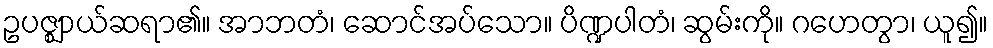
ဥပဇ္ဈာယ်ဆရာ၏။ အာဘတံ၊ ဆောင်အပ်သော။ ပိဏ္ဍပါတံ၊ ဆွမ်းကို။ ဂဟေတွာ၊ ယူ၍။